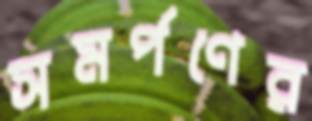
সমর্পণের